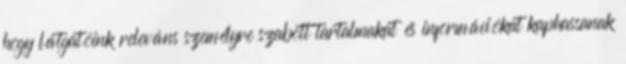
hogy látgatóink releváns személyre szabott tartalmakat és információkat kaphassanak